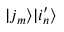
| j _ { m } \rangle | i _ { n } ^ { \prime } \rangle